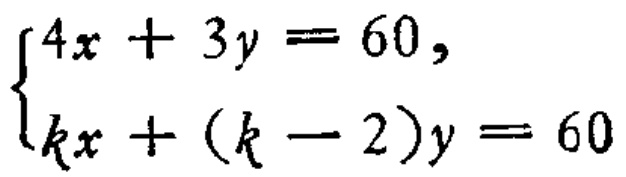
$\begin{cases}4x + 3y = 60,\\kx + (k - 2)y = 60\end{cases}$